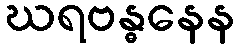
ဃရဗန္ဓနေန